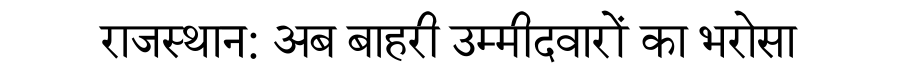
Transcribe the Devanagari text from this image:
राजस्थान: अब बाहरी उम्मीदवारों का भरोसा